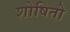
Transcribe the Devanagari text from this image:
शोषितो